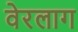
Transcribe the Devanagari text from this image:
वेरलाग